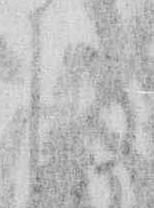
き